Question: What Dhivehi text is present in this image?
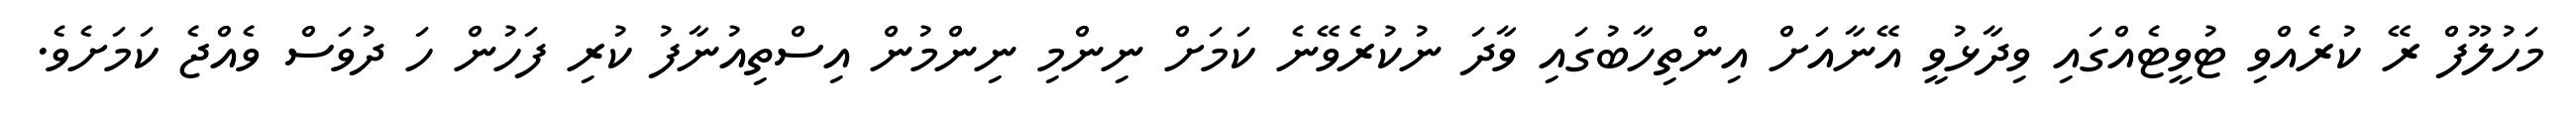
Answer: މަހުލޫފް ރޭ ކުރެއްވި ޓުވީޓެއްގައި ވިދާޅުވީ އޭނާއަށް އިންތިހާބުގައި ވާދަ ނުކުރެވޭނެ ކަމަށް ނިންމި ނިންމުން އިސްތިއުނާފު ކުރި ފަހުން ހަ ދުވަސް ވެއްޖެ ކަމަށެވެ.